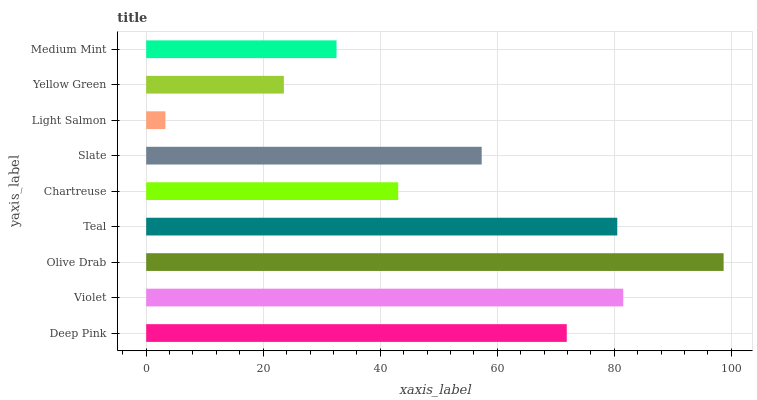
| yaxis_label | bars |
 | --- | --- |
 | Deep Pink | 71.9 |
 | Violet | 81.5 |
 | Olive Drab | 98.7 |
 | Teal | 80.5 |
 | Chartreuse | 43.1 |
 | Slate | 57.3 |
 | Light Salmon | 3.28 |
 | Yellow Green | 23.5 |
 | Medium Mint | 32.5 |